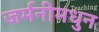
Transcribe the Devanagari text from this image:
जर्मनीमधुन